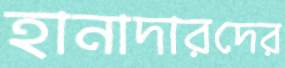
হানাদারদের